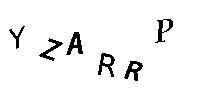
YZARRP